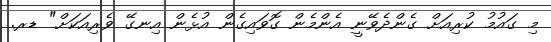
މި ގައުމު ކުރިއަށް ގެންދެވޭނީ އެންމެން ގޮވައިގެން އުޅެން އިނގޭ ވެރިއަކަށް" ޑރ.